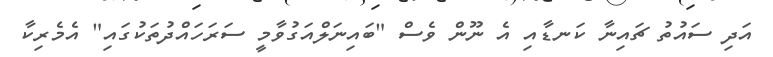
އަދި ސައުތު ޗައިނާ ކަނޑާއި އެ ނޫން ވެސް "ބައިނަލްއަގުވާމީ ސަރަހައްދުތަކުގައި" އެމެރިކާ